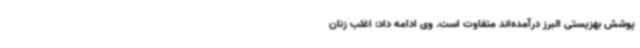
پوشش بهزیستی البرز درآمده‌اند متفاوت است. وی ادامه داد: اغلب زنان